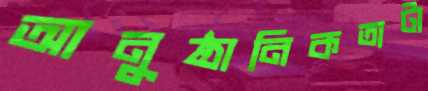
আনুষ্ঠানিকতাটা